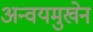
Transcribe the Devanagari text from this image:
अन्वयमुखेन